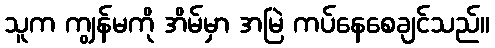
သူက ကျွန်မကို အိမ်မှာ အမြဲ ကပ်နေစေချင်သည်။